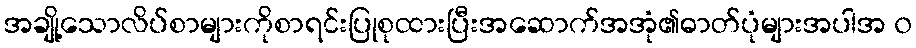
အချို့သောလိပ်စာများကိုစာရင်းပြုစုထားပြီးအဆောက်အအုံ၏ဓာတ်ပုံများအပါအ ၀